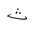
Letter: _tha